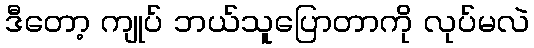
ဒီတော့ ကျုပ် ဘယ်သူပြောတာကို လုပ်မလဲ